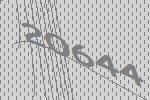
20644